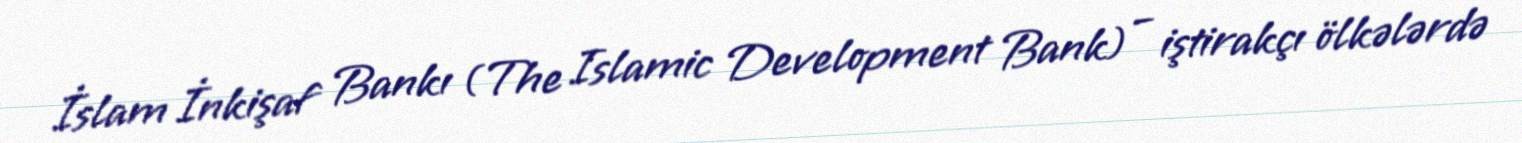
İslam İnkişaf Bankı (The Islamic Development Bank) – iştirakçı ölkələrdə